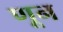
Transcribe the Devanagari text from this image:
णून